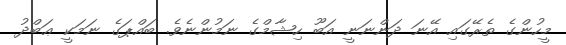
މީހުންގެ ތެރޭގައި އޭނަ ދަންނަނީ އަބޫ ހިޝާމްގެ ނަމުންނެވެ. ބައްޕަގެ ނަމަކީ ޢަބްދު